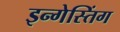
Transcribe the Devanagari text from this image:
इन्गेस्तिंग